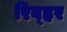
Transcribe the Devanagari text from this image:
रिव्ह्रर